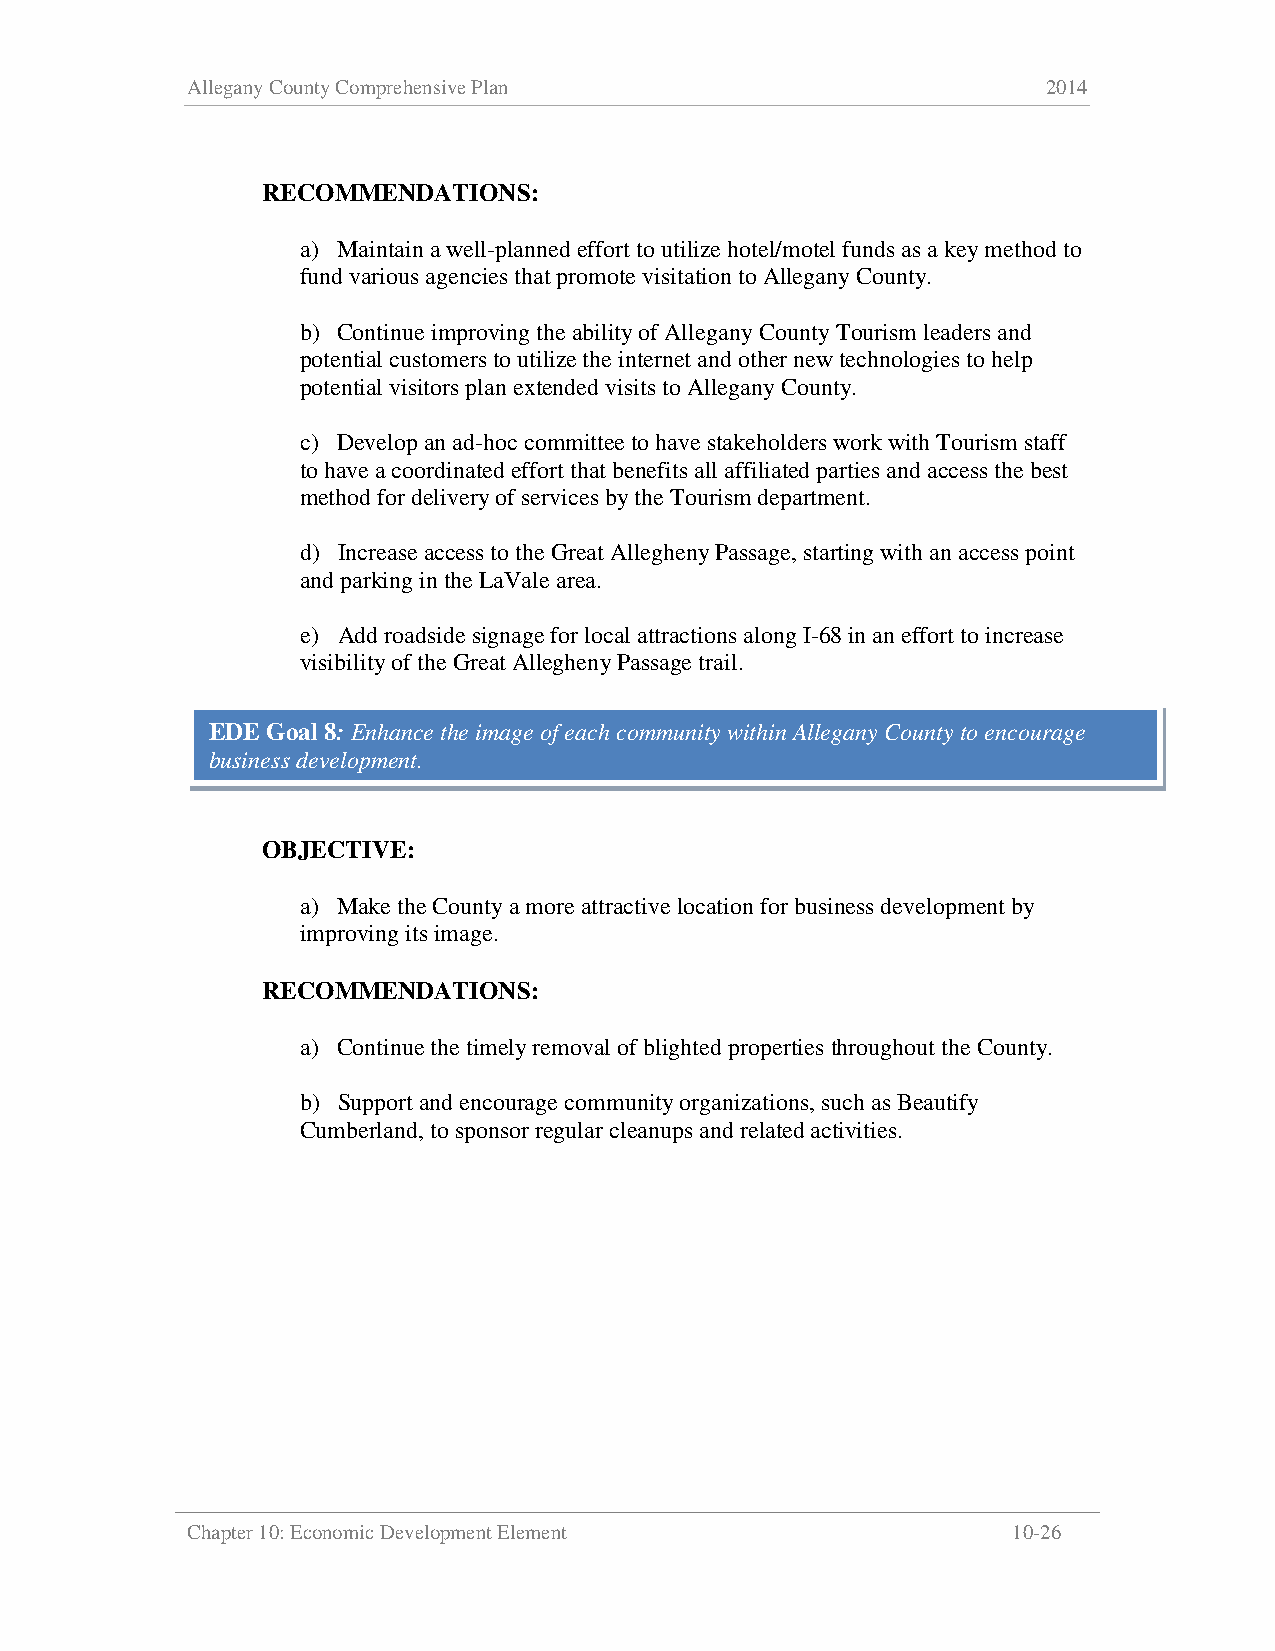
Allegany County Comprehensive Plan                       2014
 RECOMMENDATIONS:
 a) Maintain a well-planned effort to utilize hotel/motel funds as a key method to
 fund various agencies that promote visitation to Allegany County.
 b) Continue improving the ability of Allegany County Tourism leaders and
 potential customers to utilize the internet and other new technologies to help
 potential visitors plan extended visits to Allegany County.
 c) Develop an ad-hoc committee to have stakeholders work with Tourism staff
 to have a coordinated effort that benefits all affiliated parties and access the best
 method for delivery of services by the Tourism department.
 d) Increase access to the Great Allegheny Passage, starting with an access point
 and parking in the LaVale area.
 e) Add roadside signage for local attractions along I-68 in an effort to increase
 visibility of the Great Allegheny Passage trail.
 EDE Goal 8: Enhance the image of each community within Allegany County to encourage
 business development.
 OBJECTIVE:
 a) Make the County a more attractive location for business development by
 improving its image.
 RECOMMENDATIONS:
 a) Continue the timely removal of blighted properties throughout the County.
 b) Support and encourage community organizations, such as Beautify
 Cumberland, to sponsor regular cleanups and related activities.
 Chapter 10: Economic Development Element               10-26